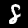
Digit: 8